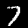
Label: 7